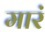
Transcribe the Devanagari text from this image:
मारं